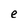
Character: e